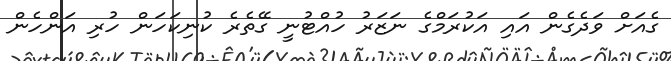
ގެއަށް ވަދެގެން އައި އަކުރަމްގެ ނަޒަރު ހުއްޓުނީ ގޭތެރެ ކުނިކަހަން ހުރި އަންހެން